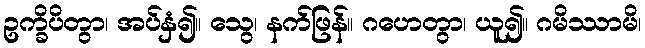
ဥက္ခိပိတွာ၊ အပ်နှံ၍။ သွေ၊ နက်ဖြန်။ ဂဟေတွာ၊ ယူ၍။ ဂမိဿာမိ၊